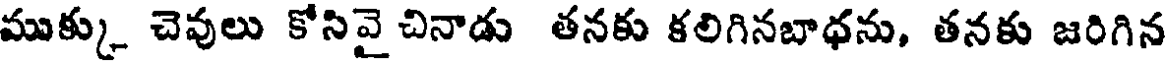
ముక్కు చెవులు కోసివై చినాడు తనకు కలిగినబాధను, తనకు జరిగిన